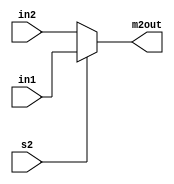
module FMUX2 #(parameter WIDTH = 8)(
        input wire [WIDTH-1:0] in1,
        input wire [WIDTH-1:0] in2,
        input wire s2,
        output reg [WIDTH-1:0] m2out);

    always @(in1, in2, s2) begin
        if(s2) begin
            m2out = in1;
        end else begin
            m2out = in2;
        end
    end
endmodule //MUX2